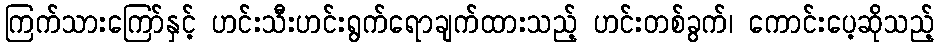
ကြက်သားကြော်နှင့် ဟင်းသီးဟင်းရွက်ရောချက်ထားသည့် ဟင်းတစ်ခွက်၊ ကောင်းပေ့ဆိုသည့်